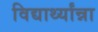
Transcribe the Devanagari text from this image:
विद्यार्थ्यांन्ना